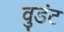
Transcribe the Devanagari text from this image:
वुडंट